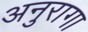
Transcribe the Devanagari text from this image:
अनुरागा